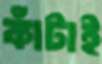
কাঁটাই